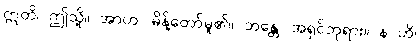
ဣတိ၊ ဤသို့။ အာဟ၊ မိန့်တော်မူ၏။ ဘန္တေ၊ အရှင်ဘုရား။ န ဟိ၊